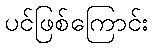
ပင်ဖြစ်ကြောင်း